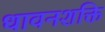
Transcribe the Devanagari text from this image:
धावनशक्ति